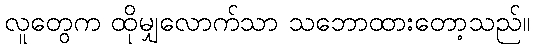
လူတွေက ထိုမျှလောက်သာ သဘောထားတော့သည်။